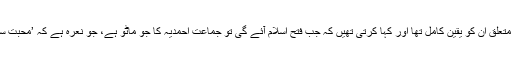
پھر لکھتی ہیں کہ دین اسلام کے ساری دنیا پر غالب آنے کے متعلق ان کو یقین کامل تھا اور کہا کرتی تھیں کہ جب فتح اسلام آئے گی تو جماعت احمدیہ کا جو ماٹو ہے، جو نعرہ ہے کہ ’محبت سب کے لئے نفرت کسی سے نہیں ‘ یہی دنیا میں راج کرے گا۔